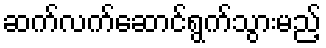
ဆက်လက်ဆောင်ရွက်သွားမည့်